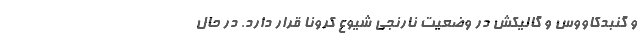
و گنبدکاووس و گالیکش در وضعیت نارنجی شیوع کرونا قرار دارد. در حال